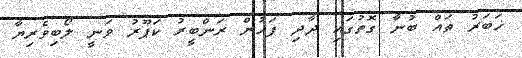
ޚަބަރު ތައް ބުނާ ގޮތުގައި ދާދި ފަހުން ރަންބީރު ކަޕޫރު ވަނީ ލޯބިވެރިޔާ